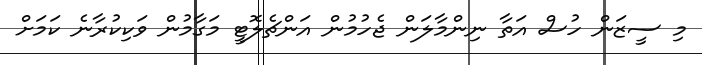
މި ސީޒަން ހުސް އަތާ ނިންމާލަން ޖެހުމުން އަންޗެލޮޓީ މަގާމުން ވަކިކުރާނެ ކަމަށް